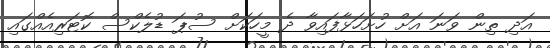
އަދި ތިން ވަނަ އަށް ހުށަހަޅާފައިވާ ދެ މީހަކަށް ސުޕަ ޑުލެކްސް ކޮޓަރިއެއްގައި